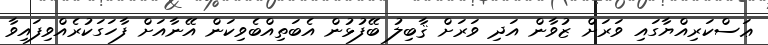
ޢަސްކަރިއްޔާގައި ވަރަށް ޒުވާން އަދި ވަރަށް ޤާބިލު ބޭފުޅުން އެބަތިއްބެވިކަން އޭނާއަށް ފާހަގަކުރެއްވިފައިވާ